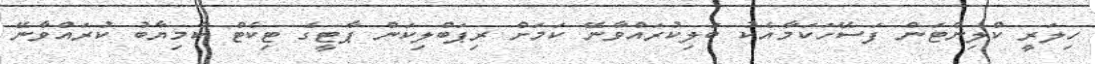
ހިލަރީ ކްލިންޓަން ފަސޭހަކަމާއެކު ބަލިކުރައްވާނޭ ކަމަށް ރިޕަބްލިކަން ޕާޓީގެ ޓިކެޓް ކާމިޔާބު ކުރައްވާނޭ